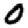
Digit: 0